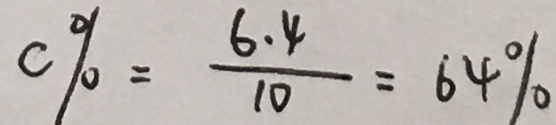
c \% = \frac { 6 . 4 } { 1 0 } = 6 4 \%